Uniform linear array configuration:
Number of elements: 64
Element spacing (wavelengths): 0.5
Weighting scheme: cosine
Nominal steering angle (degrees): -60
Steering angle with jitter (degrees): -58.291
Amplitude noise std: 0.05
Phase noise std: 0.05

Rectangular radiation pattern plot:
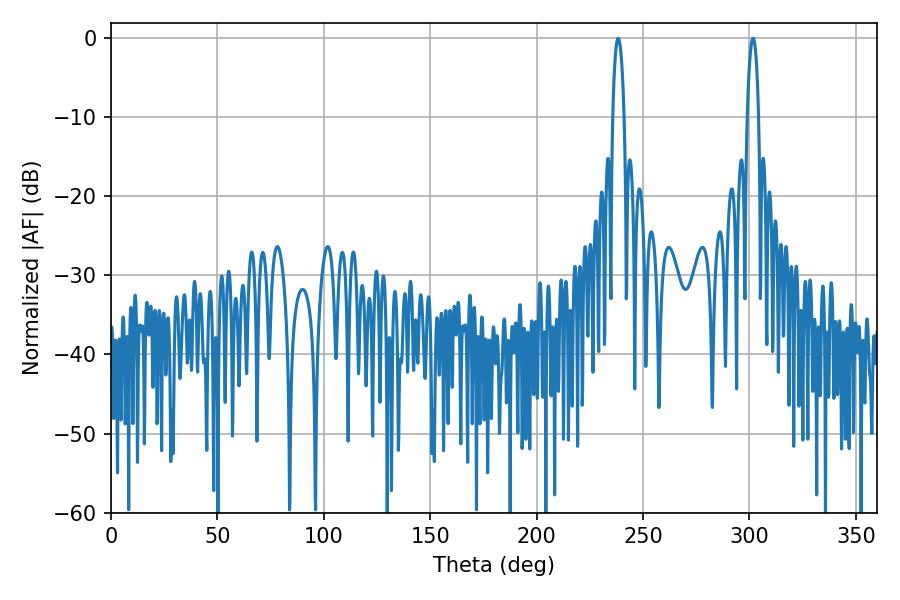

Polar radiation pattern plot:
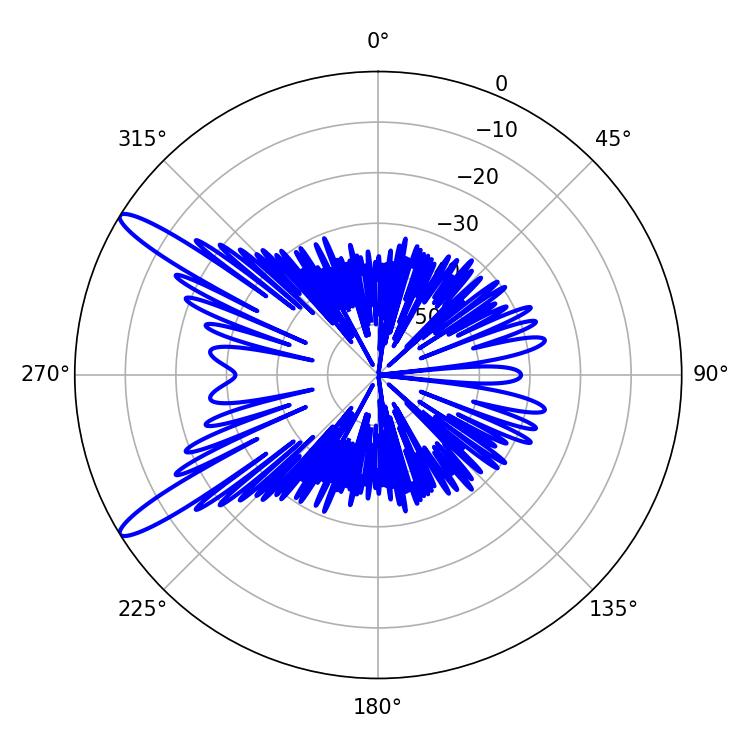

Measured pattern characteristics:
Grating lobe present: FALSE
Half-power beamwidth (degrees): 2.88
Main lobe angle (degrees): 238.32